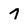
Character: 7